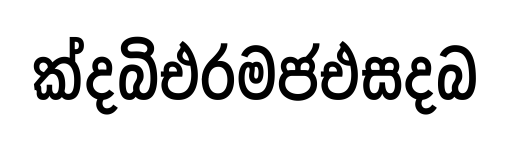
ක්දබිඑරමජඑසදබ